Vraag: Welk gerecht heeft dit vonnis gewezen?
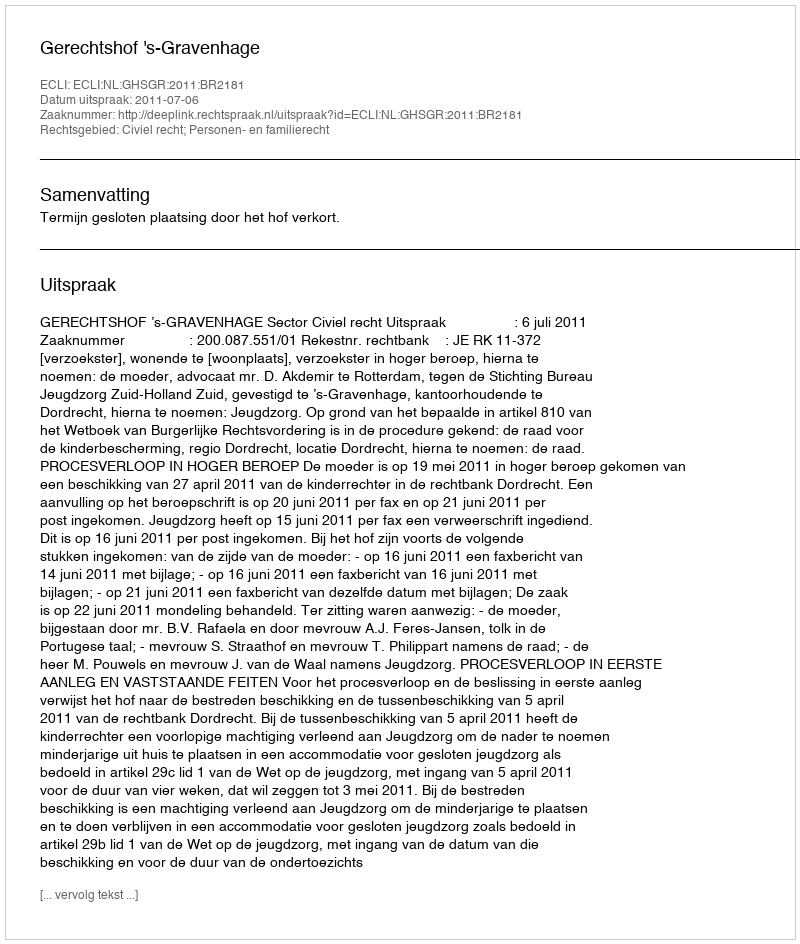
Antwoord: Gerechtshof 's-Gravenhage